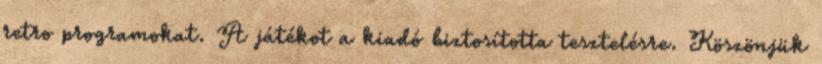
retro programokat. A játékot a kiadó biztosította tesztelésre. Köszönjük